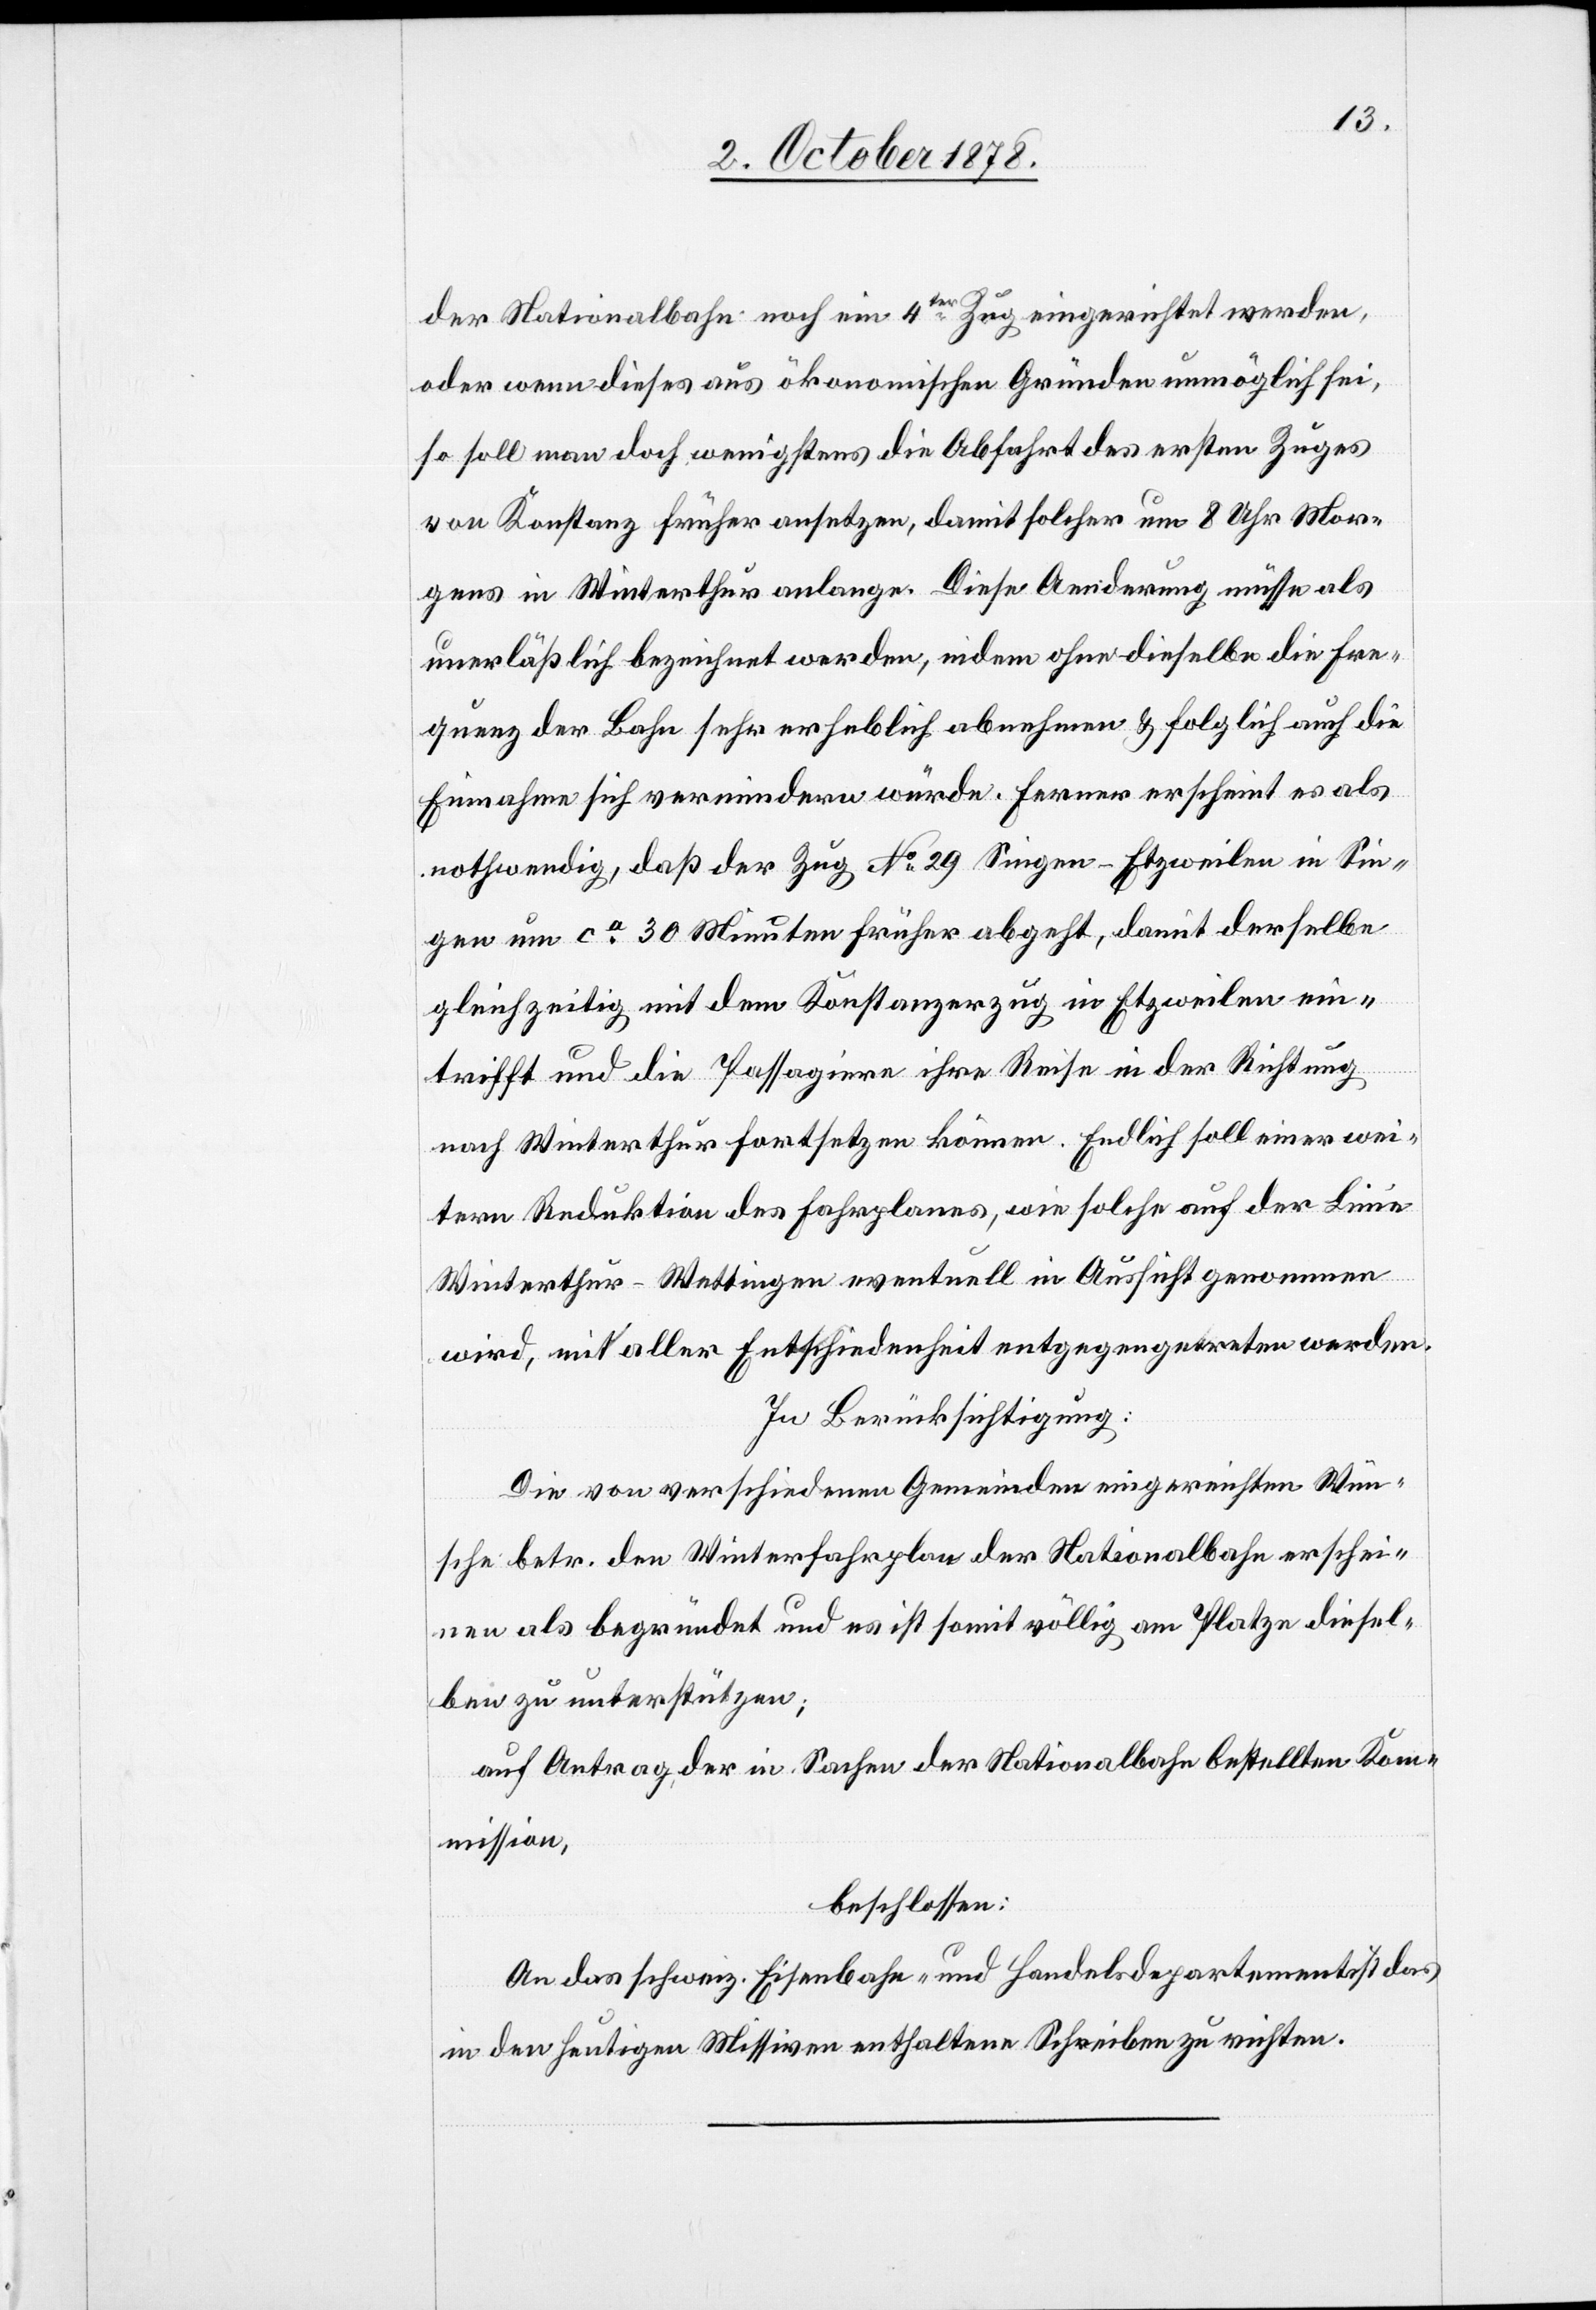
der Nationalbahn noch ein 4ter Zug eingerichtet werden,
oder wenn dieses aus ökonomischen Gründen unmöglich sei,
so soll man doch wenigstens die Abfahrt des ersten Zuges
von Konstanz früher ansetzen, damit solcher um 8 Uhr Mor¬
gens in Winterthur anlange. Diese Aenderung müsse als
unerlässlich bezeichnet werden, indem ohne dieselbe die Fre¬
quenz der Bahn sehr erheblich abnehmen & folglich auch die
Einnahme sich vermindern würde. Ferner erscheint es als
nothwendig, daß der Zug No 29 Singen-Etzweilen in Sin¬
gen um ca 30 Minuten früher abgeht, damit derselbe
gleichzeitig mit dem Konstanzerzug in Etzweilen ein¬
trifft und die Passagiere ihre Reise in der Richtung
nach Winterthur fortsetzen können. Endlich soll einer wei¬
tern Reduktion des Fahrplanes, wie solche auf der Linie
Winterthur–Wettingen eventuell in Aussicht genommen
wird, mit aller Entschiedenheit entgegengetreten werden.
In Berücksichtigung:
Die von verschiedenen Gemeinden eingereichten Wün¬
sche betr. den Winterfahrplan der Nationalbahn erschei¬
nen als begründet und es ist somit völlig am Platze diesel¬
ben zu unterstützen;
auf Antrag der in Sache der Nationalbahn bestellten Kom¬
mission,
beschlossen:
An das schweiz. Eisenbahn- und Handelsdepartement ist das
in den heutigen Missiven enthaltene Schreiben zu richten.